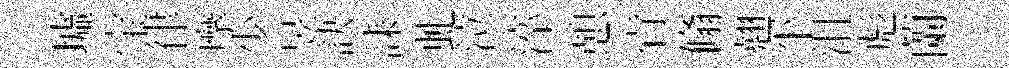
墟宝律摩少昱訣誄虬泣淬憩肻翛翹平沮彪蘭